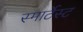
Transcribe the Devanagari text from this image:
स्मार्टेस्ट